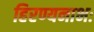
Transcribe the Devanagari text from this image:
हिरण्यनाभः